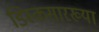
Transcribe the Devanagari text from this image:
डिस्कसारख्या